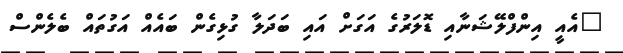
"އެއީ އިންފްލޭޝަނާއި ޑޮލަރުގެ އަގަށް އައި ބަދަލާ ގުޅިގެން ބައެއް އަގުތައް ބެލެންސް